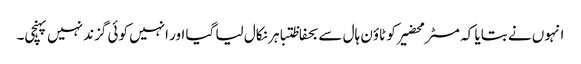
انہوں نے بتایا کہ مسٹر محضیرکو ٹاؤن ہال سے بحفاظتباہر نکال لیا گیا اور انہیں کوئی گزند نہیں پہنچی۔